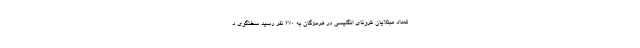
تعداد مبتلایان کرونای انگلیسی در هرمزگان به ۲۷۰ نفر رسید سخنگوی د